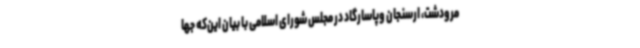
مرودشت، ارسنجان وپاسارگاد در مجلس شورای اسلامی با بیان این‌که جها